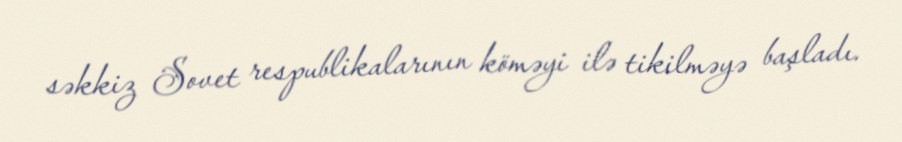
səkkiz Sovet respublikalarının köməyi ilə tikilməyə başladı.